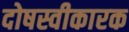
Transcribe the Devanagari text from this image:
दोषस्वीकारक